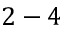
2 - 4